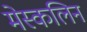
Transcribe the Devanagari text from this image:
मेस्कलिन